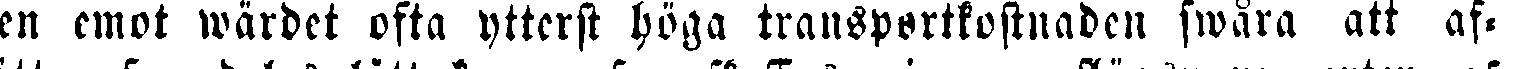
den emot wärdet ofta ytterst höga transportkostnaden swara att af-